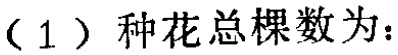
（1）种花总棵数为：